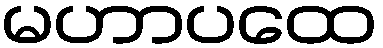
မဟာပထေ